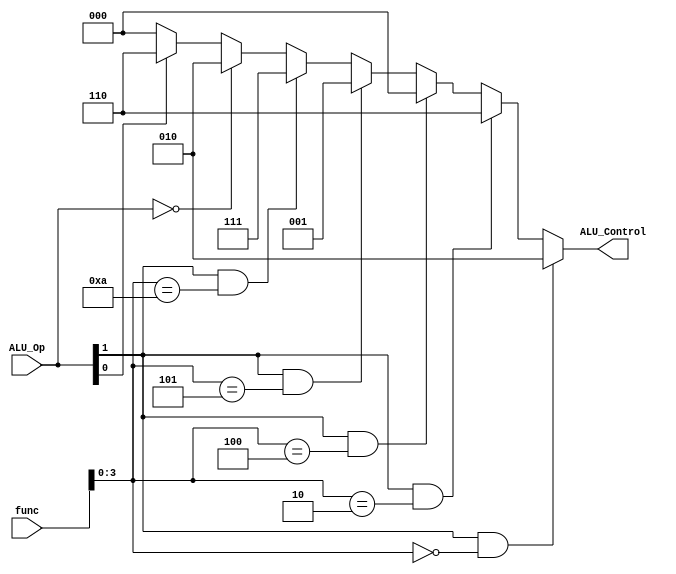
`timescale 1ns / 1ns
module ALUCU(ALU_Op, func, ALU_Control);

    output [2:0] ALU_Control;
    input [1:0] ALU_Op;
    input [5:0] func;
    assign ALU_Control = (ALU_Op[1] == 1'b1 && func[3:0] == 4'b0000) ? 3'b010:
                         (ALU_Op[1] == 1'b1 && func[3:0] == 4'b0010) ? 3'b110:
                         (ALU_Op[1] == 1'b1 && func[3:0] == 4'b0100) ? 3'b000:
                         (ALU_Op[1] == 1'b1 && func[3:0] == 4'b0101) ? 3'b001:
                         (ALU_Op[1] == 1'b1 && func[3:0] == 4'b1010) ? 3'b111:
                         (ALU_Op == 2'b0) ? 3'b010:
                         (ALU_Op[0] == 1'b1) ? 3'b110 : 3'b000;





endmodule //